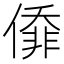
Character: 㒎